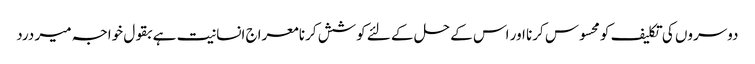
دوسروں کی تکلیف کو محسوس کرنا اور اس کے حل کے لئے کوشش کرنا معراج انسانیت ہے بقول خواجہ میر درد